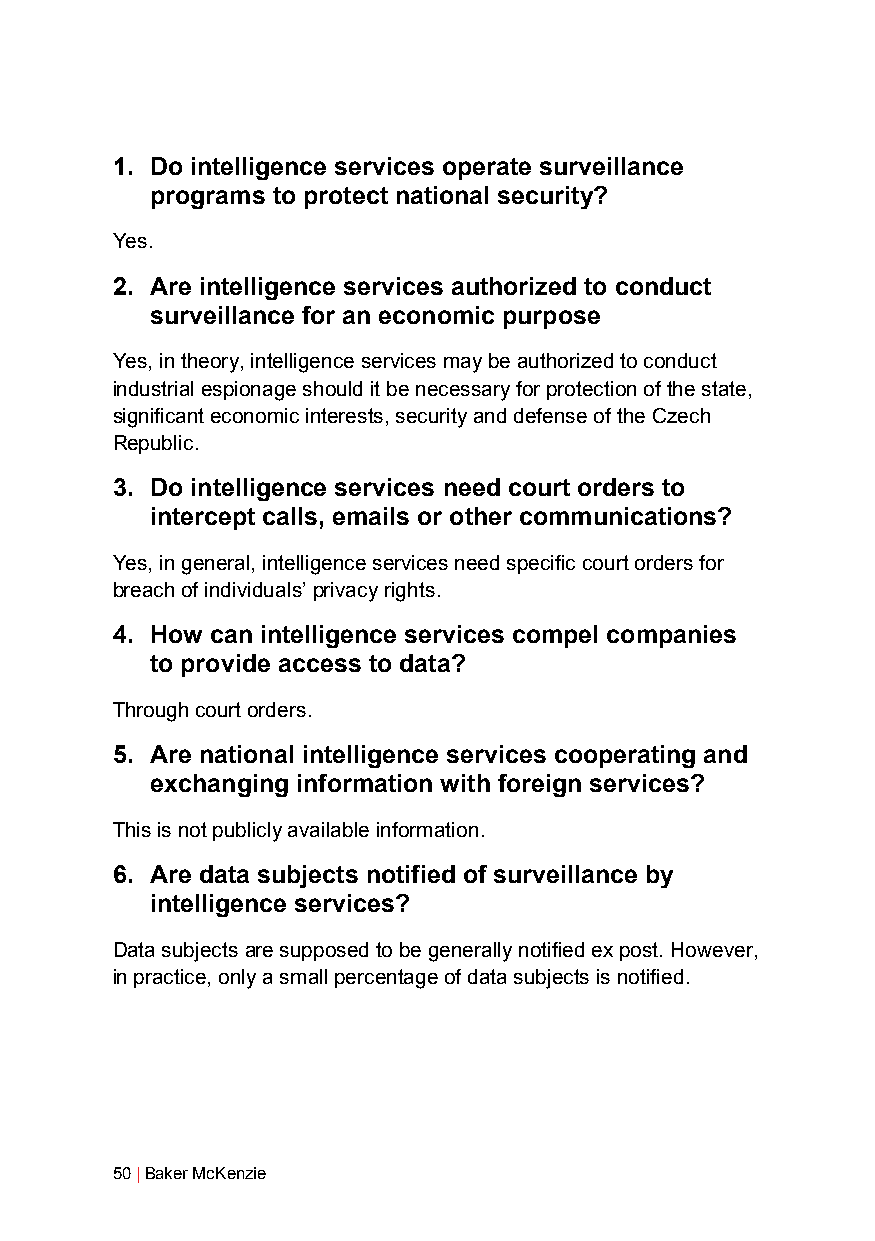
1. Do intelligence services operate surveillance
 programs to protect national security?
 Yes.
 2. Are intelligence services authorized to conduct
 surveillance for an economic purpose
 Yes, in theory, intelligence services may be authorized to conduct
 industrial espionage should it be necessary for protection of the state,
 significant economic interests, security and defense of the Czech
 Republic.
 3. Do intelligence services need court orders to
 intercept calls, emails or other communications?
 Yes, in general, intelligence services need specific court orders for
 breach of individuals’ privacy rights.
 4. How can intelligence services compel companies
 to provide access to data?
 Through court orders.
 5. Are national intelligence services cooperating and
 exchanging information with foreign services?
 This is not publicly available information.
 6. Are data subjects notified of surveillance by
 intelligence services?
 Data subjects are supposed to be generally notified ex post. However,
 in practice, only a small percentage of data subjects is notified.
 50 | Baker McKenzie